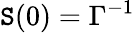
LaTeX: \mathtt{S}(0)=\Gamma^{-1}